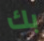
بك